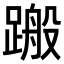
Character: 𨃟